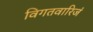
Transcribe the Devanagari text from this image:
विगतवारिजं